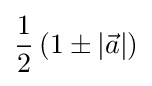
{\frac {1}{2}}\left(1\pm |{\vec {a}}|\right)